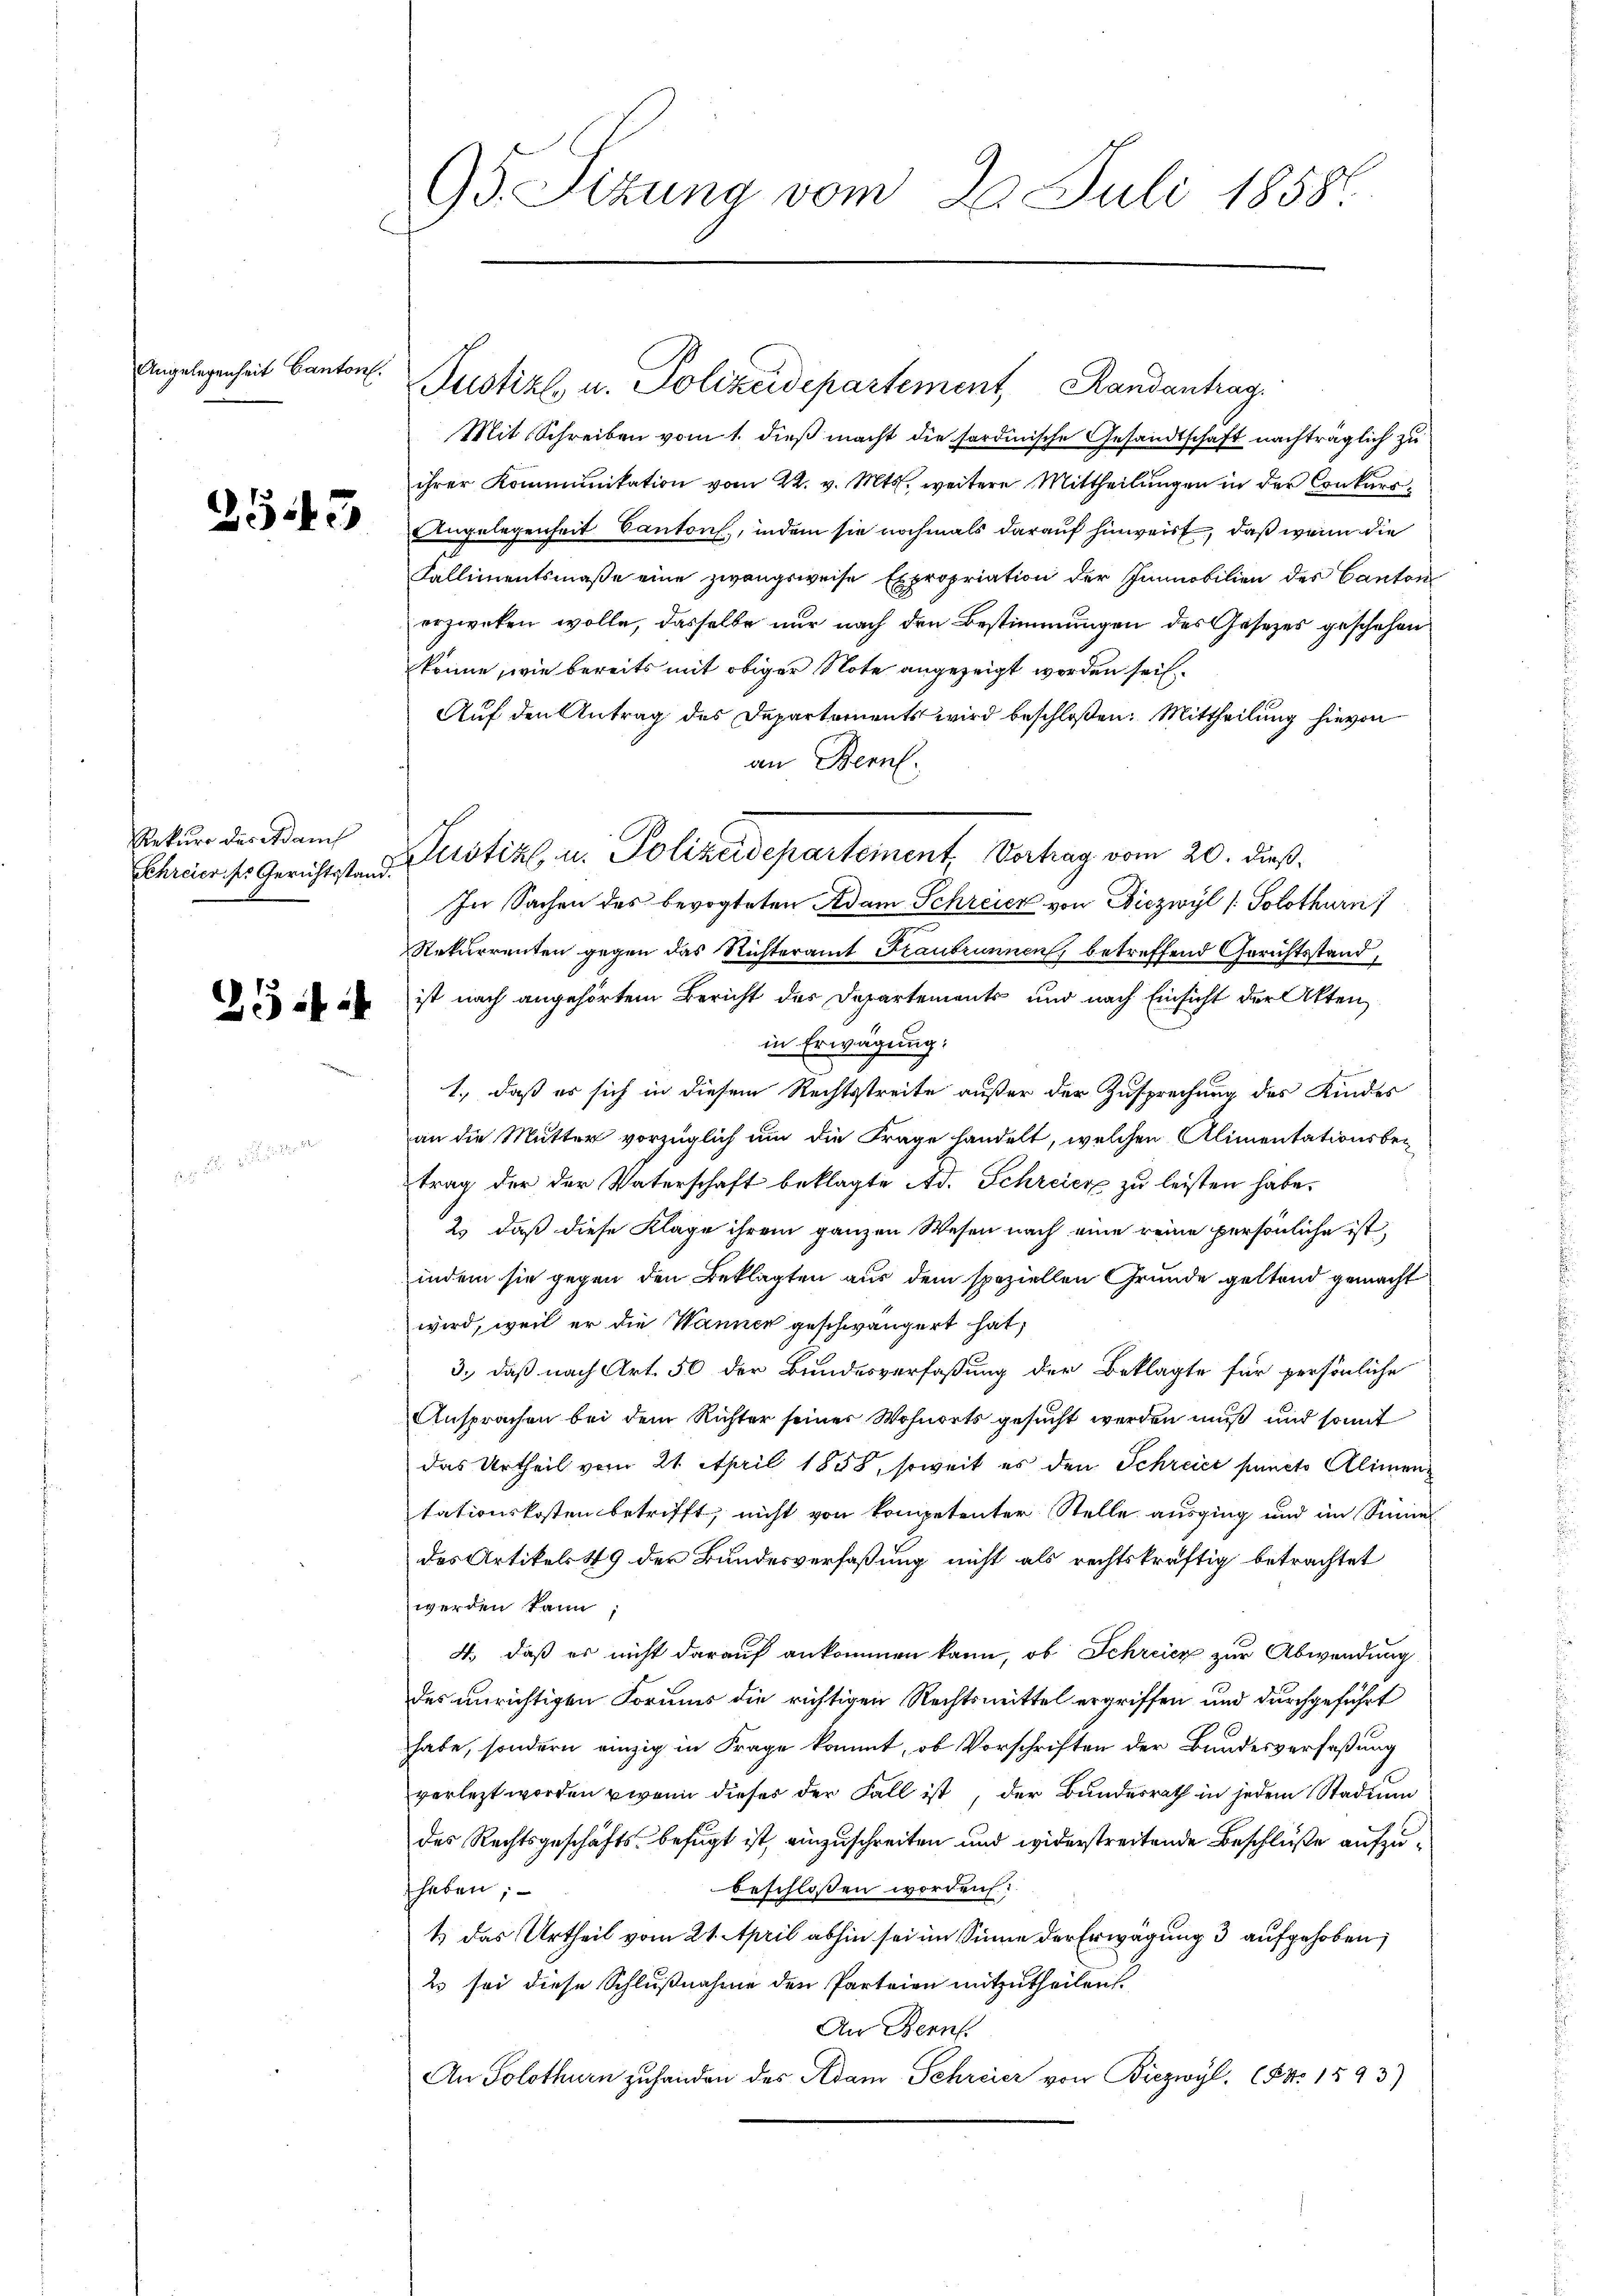
Angelegenheit Canton

2543

Rekurs des Adam
Schreier ss Gerichtsstand.

95. Sitzung vom 29. Juli 18586.

Justizl, u. Polizeidepartement, Randantrag
Mit Schreiben vom 1. dieß macht die fordinische Gesandtschaft nachträglich zu
ihrer Kommunikation vom 22. v. Mts., weitere Mittheilungen in der Conkurs¬
Angelegenheit Cantons, indem sie nochmals darauf hinweist, daß wenn die
Kallimentsmaße eine zwangsweise Expropriation der Immobilien des Canton
erzwecken wolle, dasselbe nur nach den Bestimmungen des Gesetzes geschehen
könne, wie bereits mit obiger Note angezeigt worden sei.
Auf den Antrag des Departements wird beschloßen: Mittheilung hievon
an Bern.
In Sachen des bevogteten Adam Schreier von Diezwyl /: Solothurn)
Rekurrenten gegen das Richteramt Fraubrunnen, betreffend Gerichtsstand,
ist nach angehörtem Bericht des Departements und nach Einsicht der Akten
in Erwägung:
1., daß es sich in diesem Rechtsstreite außer der Zusprechung des Kindes
an die Mutter vorzüglich um die Frage handelt, welchen Alimentationsbetrag der der Vaterschaft beklagte Ad. Schreier zu leisten habe.
2. daß diese Klage ihrem ganzen Wesen nach eine reine persönliche ist,
indem sie gegen den Beklagten aus dem speziellen Grunde geltend gemacht
wird, weil er die Wanner geschwängert hat;
3., daß nach Art. 50 der Bundesverfaßung der Beklagte für persönliche
Ansprachen bei dem Richter seiner Wohnorts gesucht werden muß und somit
das Urtheil vom 21. April 1858, soweit es den Schreier puncto Alimentationskosten betrifft, nicht von kompetenter Stelle ausging und im Sinner
des Artikels 49 der Bundesverfaßung nicht als rechtskräftig betrachtet
werden kann
4. daß er nicht darauf ankommen kann, ob Schreien zur Abwendung
des unrichtigen Formes die richtigen Rechtsmittel ergriffen und durchgeführt
habe, sondern einzig in Frage kommt, ob Vorschriften der Bundesverfaßung
verletzt worden wenn dieses der Fall ist, der Bundesrath in jedem Stadium
des Rechtsgeschäfts befugt ist, einzuschreiten und widerstreitende Beschlüße aufzubeschlossen worden.
haben;
1 das Urtheil vom 21. April abhin sei im Sinne der Erwägung 3 aufgehoben;
2 sei diese Schlußnahme den Parteien mitzutheilen.
An Bern
An Solothurn zuhanden des Adam Schreier von Biezwyl. (Fr. 1893)

Justiz u. Polizeidepartement Vortrag vom 20. dieß.